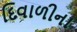
દિવાળીના